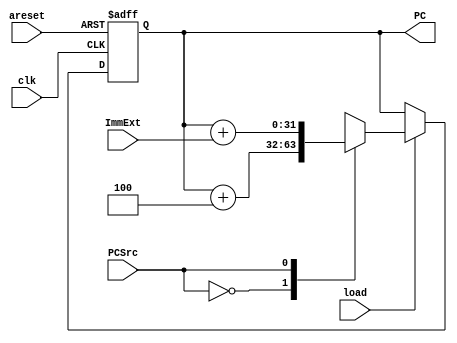
module Program_Counter (
    /*
     * PCSrc-> Selects the next instruction address. If it's 0, the next address is the successive one in ins. memory. If it's 1 , it means there's a taken branch and the next
     * address is PC+target.
     * load -> loads the PC with data when high.
     * areset-> control signal to set the PC to zero. 
     */
    input clk,PCSrc,load,areset,


    /*
     * This bus is the o/p of the sign extender block. It's used here only in the calculation of the next instruction address, in case of a taken branch.
     */
    input [31:0]ImmExt,

    /*
     * The result address to index the instruction memory.
     */
    output reg [31:0] PC
);
    /*This bus holds the next calculated address. Whether the PCSrc is high or low.*/
    reg [31:0] PCNext;

    /*Sequential block to set the next address to the PC*/
    always @(posedge clk or negedge areset) begin

        /*Asynchronous active-low reset*/
        if(!areset)
        PC<=0;
        else
        begin
            /*Load the next address to the PC when load signal is high*/
            if(load)
            PC<=PCNext;
            else
            PC<=PC;
        end
    end

    /*Combinational block for the next address calculations*/
    always @(*) begin

        /*Select whether the next address is PC+4, or there's a taken branch and the next address should be PC+ImmExt.*/
        /*Note that ImmExt is the output of the sign extender block*/
          case (PCSrc)
            1'b0:PCNext=PC+3'd4;
            1'b1:PCNext=PC+ImmExt;
            default: PCNext=PC+3'd4;
        endcase
    end
endmodule